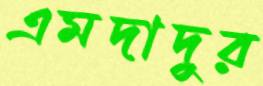
এমদাদুর